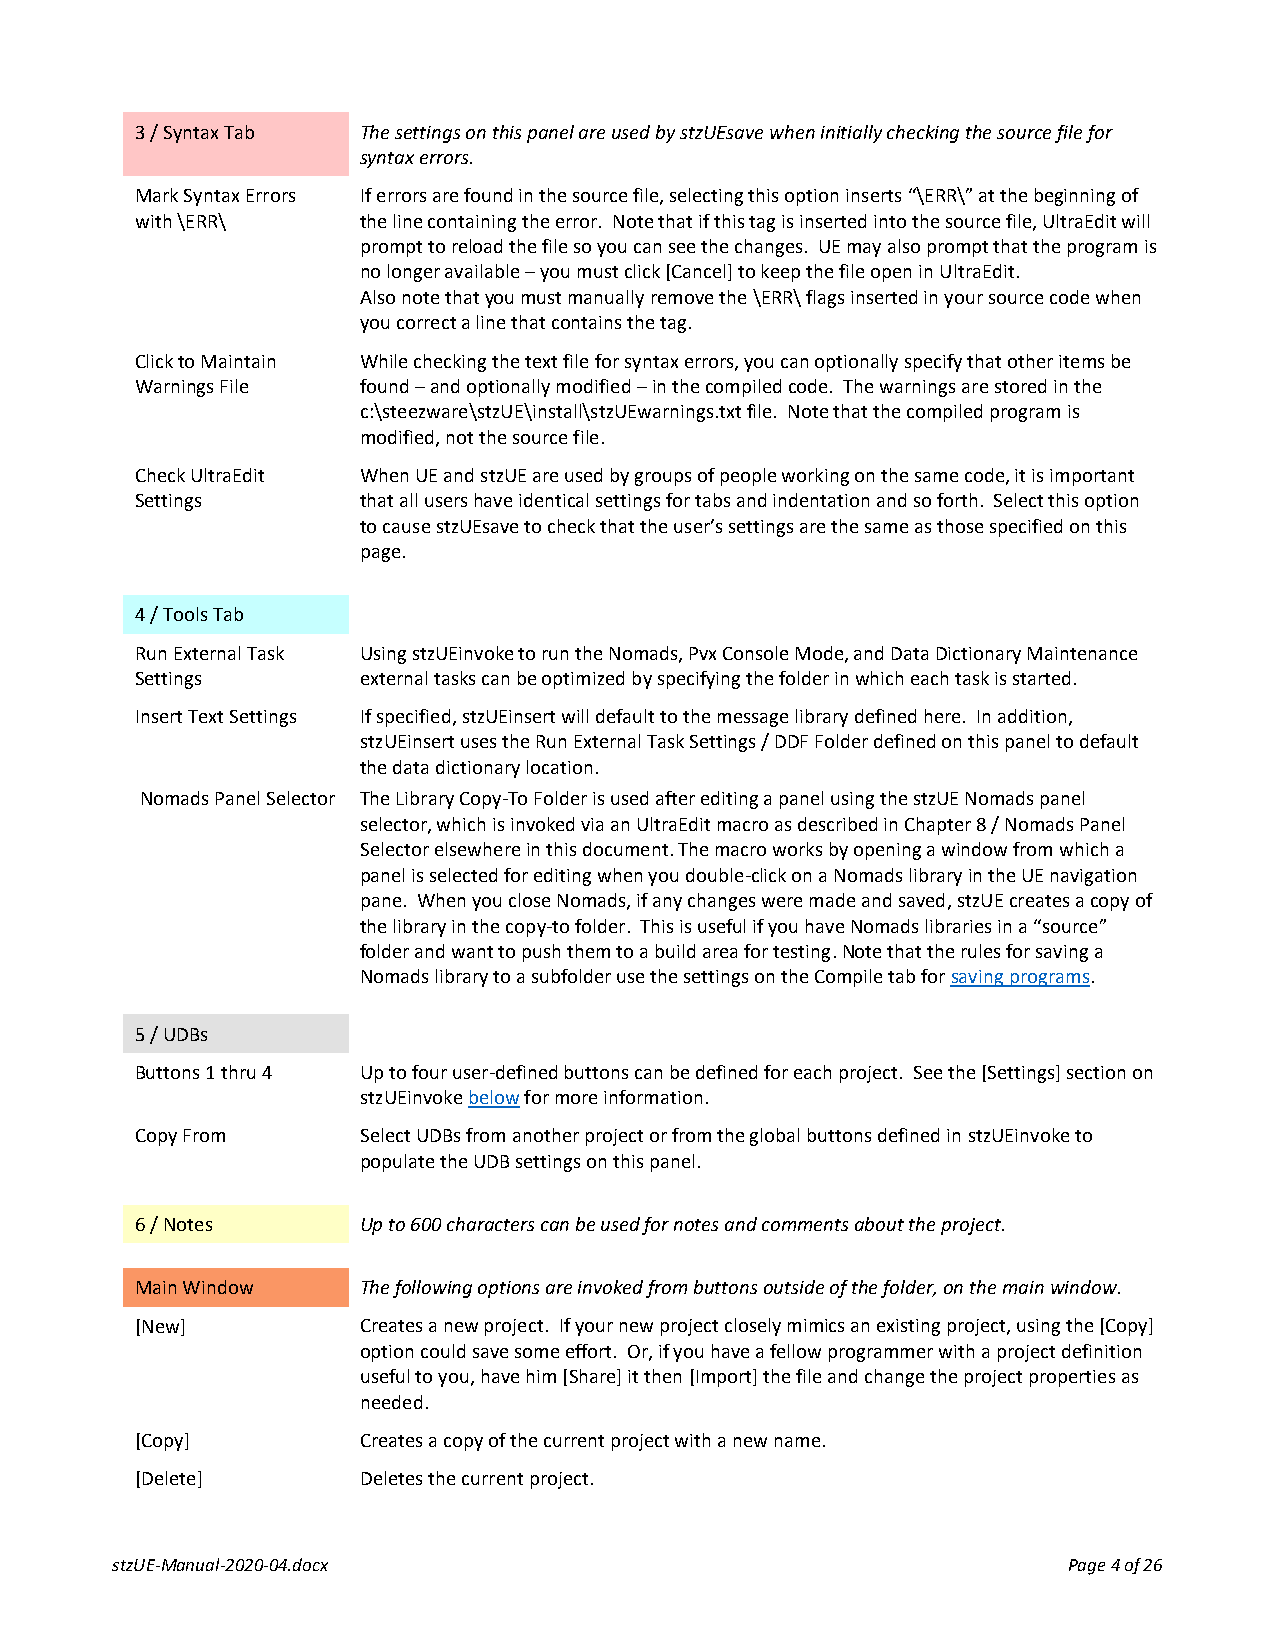
3 / Syntax Tab The settings on this panel are used by stzUEsave when initially checking the source file for
 syntax errors.
 Mark Syntax Errors If errors are found in the source file, selecting this option inserts “\ERR\” at the beginning of
 with \ERR\     the line containing the error. Note that if this tag is inserted into the source file, UltraEdit will
 prompt to reload the file so you can see the changes. UE may also prompt that the program is
 no longer available – you must click [Cancel] to keep the file open in UltraEdit.
 Also note that you must manually remove the \ERR\ flags inserted in your source code when
 you correct a line that contains the tag.
 Click to Maintain While checking the text file for syntax errors, you can optionally specify that other items be
 Warnings File  found – and optionally modified – in the compiled code. The warnings are stored in the
 c:\steezware\stzUE\install\stzUEwarnings.txt file. Note that the compiled program is
 modified, not the source file.
 Check UltraEdit When UE and stzUE are used by groups of people working on the same code, it is important
 Settings       that all users have identical settings for tabs and indentation and so forth. Select this option
 to cause stzUEsave to check that the user’s settings are the same as those specified on this
 page.
 4 / Tools Tab
 Run External Task Using stzUEinvoke to run the Nomads, Pvx Console Mode, and Data Dictionary Maintenance
 Settings       external tasks can be optimized by specifying the folder in which each task is started.
 Insert Text Settings If specified, stzUEinsert will default to the message library defined here. In addition,
 stzUEinsert uses the Run External Task Settings / DDF Folder defined on this panel to default
 the data dictionary location.
 Nomads Panel Selector The Library Copy-To Folder is used after editing a panel using the stzUE Nomads panel
 selector, which is invoked via an UltraEdit macro as described in Chapter 8 / Nomads Panel
 Selector elsewhere in this document. The macro works by opening a window from which a
 panel is selected for editing when you double-click on a Nomads library in the UE navigation
 pane. When you close Nomads, if any changes were made and saved, stzUE creates a copy of
 the library in the copy-to folder. This is useful if you have Nomads libraries in a “source”
 folder and want to push them to a build area for testing. Note that the rules for saving a
 Nomads library to a subfolder use the settings on the Compile tab for saving programs.
 5 / UDBs
 Buttons 1 thru 4 Up to four user-defined buttons can be defined for each project. See the [Settings] section on
 stzUEinvoke below for more information.
 Copy From      Select UDBs from another project or from the global buttons defined in stzUEinvoke to
 populate the UDB settings on this panel.
 6 / Notes      Up to 600 characters can be used for notes and comments about the project.
 Main Window    The following options are invoked from buttons outside of the folder, on the main window.
 [New]          Creates a new project. If your new project closely mimics an existing project, using the [Copy]
 option could save some effort. Or, if you have a fellow programmer with a project definition
 useful to you, have him [Share] it then [Import] the file and change the project properties as
 needed.
 [Copy]         Creates a copy of the current project with a new name.
 [Delete]       Deletes the current project.
 stzUE-Manual-2020-04.docx                                       Page 4 of 26